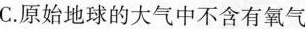
C.原始地球的大气中不含有氧气